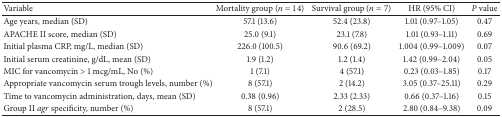
<table><thead><tr><td><b>Variable</b></td><td><b>Mortality group (<i>n</i> = 14)</b></td><td><b>Survival group (<i>n</i> = 7)</b></td><td><b>HR (95% CI)</b></td><td><b><i>P</i> value</b></td></tr></thead><tbody><tr><td>Age years, median (SD)</td><td>57.1 (13.6)</td><td>52.4 (23.8)</td><td>1.01 (0.97–1.05)</td><td>0.47</td></tr><tr><td>APACHE II score, median (SD)</td><td>25.0 (9.1)</td><td>23.1 (7.8) </td><td>1.01 (0.93–1.11)</td><td>0.69</td></tr><tr><td>Initial plasma CRP, mg/L, median (SD)</td><td>226.0 (100.5)</td><td>90.6 (69.2)</td><td>1.004 (0.99–1.009)</td><td>0.07</td></tr><tr><td>Initial serum creatinine, g/dL, mean (SD)</td><td>1.9 (1.2)</td><td>1.2 (1.4)</td><td>1.42 (0.99–2.04)</td><td>0.05</td></tr><tr><td>MIC for vancomycin &gt; 1 mcg/mL, No (%)</td><td>1 (7.1)</td><td>4 (57.1)</td><td>0.23 (0.03–1.85)</td><td>0.17</td></tr><tr><td>Appropriate vancomycin serum trough levels, number (%)</td><td>8 (57.1)</td><td>2 (14.2)</td><td>3.05 (0.37–25.11)</td><td>0.29</td></tr><tr><td>Time to vancomycin administration, days, mean (SD)</td><td>0.38 (0.96)</td><td>2.33 (2.33)</td><td>0.66 (0.37–1.16)</td><td>0.15</td></tr><tr><td>Group II <i>agr</i> specificity, number (%)</td><td>8 (57.1)</td><td>2 (28.5)</td><td>2.80 (0.84–9.38)</td><td>0.09</td></tr></tbody></table>